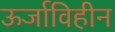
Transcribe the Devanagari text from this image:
ऊर्जाविहीन